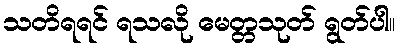
သတိရရင် ရသလို မေတ္တသုတ် ရွတ်ပါ။